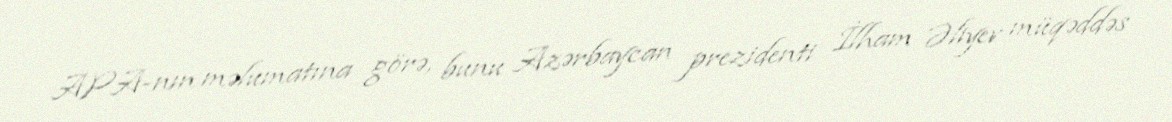
APA-nın məlumatına görə, bunu Azərbaycan prezidenti İlham Əliyev müqəddəs